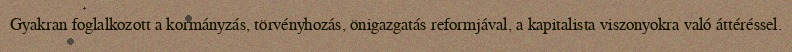
Gyakran foglalkozott a kormányzás, törvényhozás, önigazgatás reformjával, a kapitalista viszonyokra való áttéréssel.